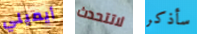
أيميلي لاتتحدث سأذكر